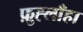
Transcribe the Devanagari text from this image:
फ़ुह्लाँहा